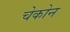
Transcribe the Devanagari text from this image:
चेकोन